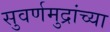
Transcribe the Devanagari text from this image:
सुवर्णमुद्रांच्या